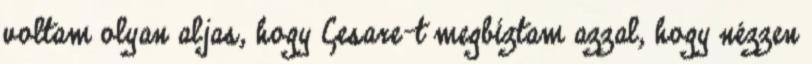
voltam olyan aljas, hogy Cesare-t megbíztam azzal, hogy nézzen